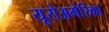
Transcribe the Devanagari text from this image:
यूरोअमेरिका